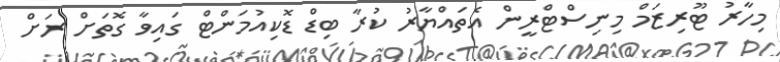
މިހާރު ޓޫރިޒަމް މިނިސްޓްރީން އެތައްޔާރު ކުރާ ބިޑް ޑޮކިއުމަންޓް ގައިވާ ގޮތަށް ރަށް